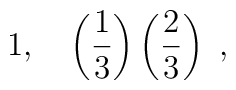
1,\quad \left(\frac{1}{3}\right)\left(\frac{2}{3}\right)\ ,